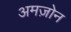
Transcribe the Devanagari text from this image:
अमज़ोन